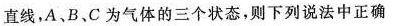
直线，A、B、C为气体的三个状态，则下列说法中正确